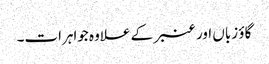
گاؤ زباں اور عنبر کے علاوہ جواہرات۔